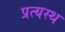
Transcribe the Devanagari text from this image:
प्रत्यस्थ